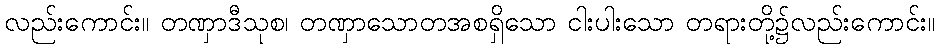
လည်းကောင်း။ တဏှာဒီသုစ၊ တဏှာသောတအစရှိသော ငါးပါးသော တရားတို့၌လည်းကောင်း။